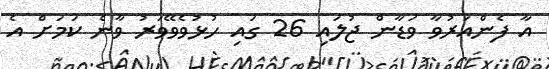
އާ ފެންއަރުވާ ވަޑާން ޖުލައި 26 ގައި ހުޅުވެވޭވަރު ވާނެ ކަމަށް އެ